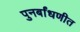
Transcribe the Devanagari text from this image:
पुनर्बांधणीत